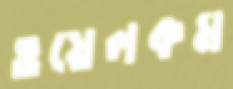
ওয়েলকম